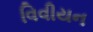
વિવીયન